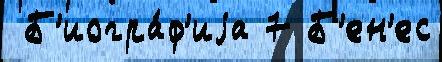
 Б'иогра́ф'иjа 7 Б'ен'ес